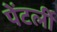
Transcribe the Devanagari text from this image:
पेंटर्ली